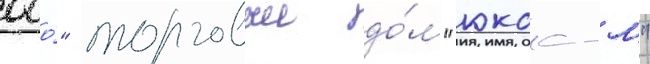
ооо́" торговыи до́м "юкос-м"